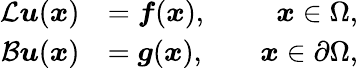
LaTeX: \begin{array}{rlr}{\mathcal{L}\boldsymbol{u}(\boldsymbol{x})}&{=\boldsymbol{f}(\boldsymbol{x}),}&{\quad\boldsymbol{x}\in\Omega,}\\ {\mathcal{B}\boldsymbol{u}(\boldsymbol{x})}&{=\boldsymbol{g}(\boldsymbol{x}),}&{\quad\boldsymbol{x}\in\partial\Omega,}\end{array}